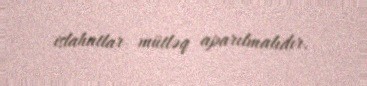
islahatlar mütləq aparılmalıdır.